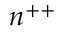
n ^ { + + }